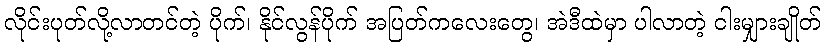
လိုင်းပုတ်လို့လာတင်တဲ့ ပိုက်၊ နိုင်လွန်ပိုက် အပြတ်ကလေးတွေ၊ အဲဒီထဲမှာ ပါလာတဲ့ ငါးမျှားချိုတ်